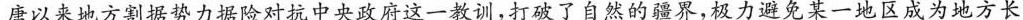
唐以来地方割据势力据险对抗中央政府这一教训，打破了自然的疆界，极力避免某一地区成为地方长